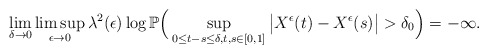
\begin{align*}\lim_{\delta\to0}\limsup_{\epsilon\to0}\lambda^2(\epsilon)\log\mathbb P\Big(\sup_{0\leq t-s\leq\delta, t,s\in[0,1]}\big|X^{\epsilon}(t)-X^{\epsilon}(s)\big|>\delta_0\Big)=-\infty.\end{align*}